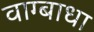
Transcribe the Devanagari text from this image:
वाग्बाधा